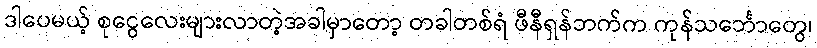
ဒါပေမယ့် စုငွေလေးများလာတဲ့အခါမှာတော့ တခါတစ်ရံ ဖီနီရှန်ဘက်က ကုန်သင်္ဘောတွေ၊